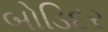
બોડિદર